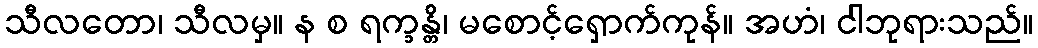
သီလတော၊ သီလမှ။ န စ ရက္ခန္တိ၊ မစောင့်ရှောက်ကုန်။ အဟံ၊ ငါဘုရားသည်။